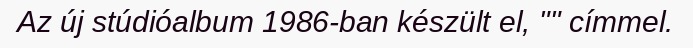
Az új stúdióalbum 1986-ban készült el, "" címmel.